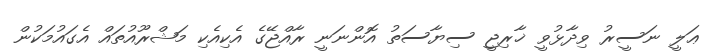
ޢަލީ ނަސީރު ވިދާޅުވީ ޚާރިޖީ ސިޔާސަތު އޮންނަނީ ރާއްޖޭގެ އެކިއެކި މަޝްރޫއުތައް އެގައުމަކުން